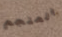
المنجم